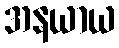
အနယာယ